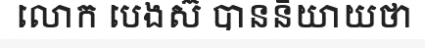
លោក បេងស៊ បាននិយាយថា